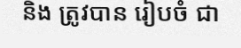
និង ត្រូវបាន រៀបចំ ជា